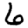
Digit: 6